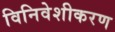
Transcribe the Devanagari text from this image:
विनिवेशीकरण